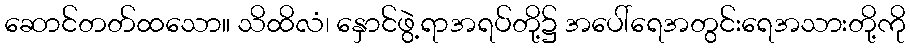
ဆောင်တတ်ထသော။ သိထိလံ၊ နှောင်ဖွဲ့ရာအရပ်တို့၌ အပေါ်ရေအတွင်းရေအသားတို့ကို